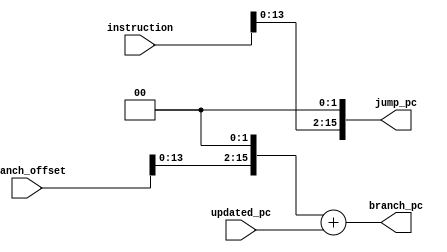
//Branch Unit
//Function: Calculate the next pc in the case of a control instruction (branch or jump).
//Inputs:
//instruction: Instruction currently processed. The least significant bits are used for the calcualting the target pc in the case of a jump instruction. 
//branch_offset: Offset for a branch instruction. 
//updated_pc:  Current PC + 4.
//Outputs: 
//branch_pc: Target PC in the case of a branch instruction.
//jump_pc: Target PC in the case of a jump instruction.

module branch_unit#(
   parameter integer DATA_W     = 16
   )(
      input  wire signed [DATA_W-1:0]  updated_pc,
      input  wire signed [DATA_W-1:0]  instruction,
      input  wire signed [DATA_W-1:0]  branch_offset,
      output reg  signed [DATA_W-1:0]  branch_pc,
      output reg  signed [DATA_W-1:0]  jump_pc
   );

   reg signed [DATA_W-1:0] shifted_offset;
   reg signed [DATA_W-1:0] shifted_instruction;

 
   always@(*) shifted_offset      = branch_offset<<2;
   always@(*) shifted_instruction = instruction<<2;
   always@(*) branch_pc           = shifted_offset+updated_pc;
   always@(*) jump_pc             = {updated_pc[31:28],shifted_instruction[27:0]};
  
endmodule